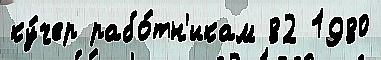
ку́чер рабо́тн'икам 82 1980